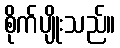
စိုက်ပျိုးသည်။